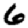
Digit: 6